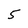
Character: 5